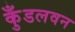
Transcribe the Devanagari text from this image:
कुँडलवन